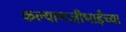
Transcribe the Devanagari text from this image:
कल्याणजीभाईंच्या